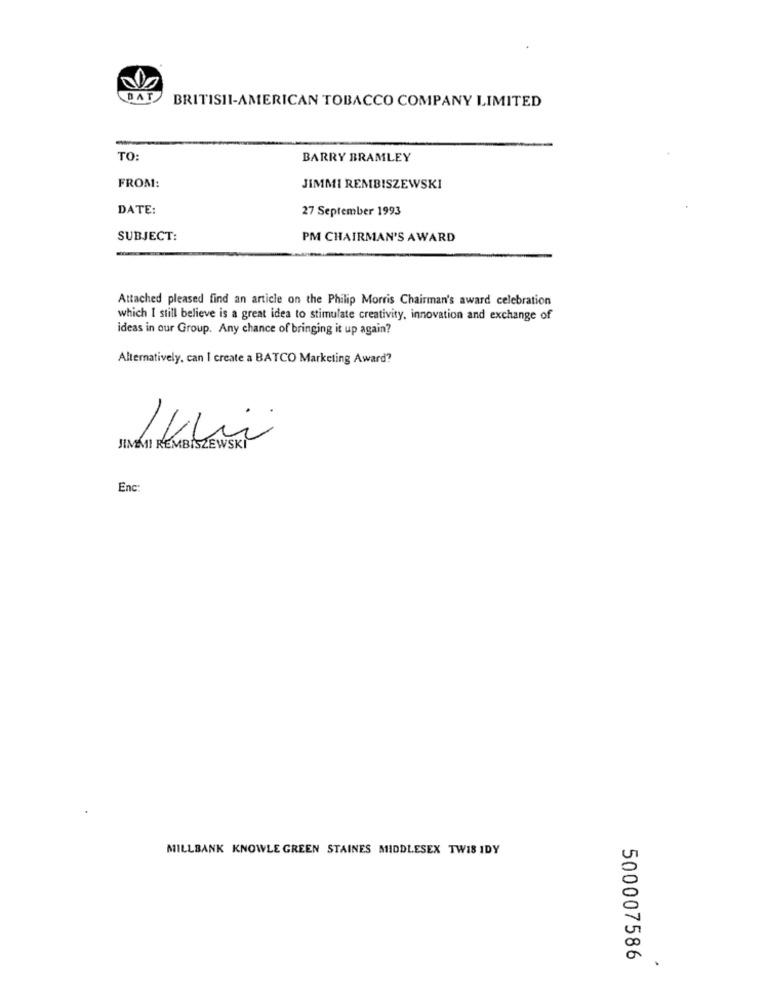
DA
BRITISII-AMERICAN TOBACCO COMPANY LIMITED
TO:
BARRY BRAMLEY
FROM:
JIMMI REMBISZEWSKI
DATE:
27 September 1993
SUBJECT:
PM CHAIRMAN'S AWARD
Attached pleased find an article on the Philip Morris Chairman's award celebration
which I still believe is a great idea to stimulate creativity, innovation and exchange of
ideas in our Group. Any chance of bringing it up again?
Alternatively, can I create a BATCO Marketing Award?
JIMMI REMBISZEWSKI
Enc:
MILLBANK KNOWLE GREEN STAINES MIDDLESEX TW18 IDY
500007586